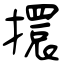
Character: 擐